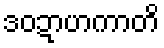
ဒဝဍာဟကာတိ